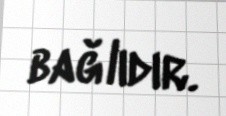
bağlıdır.